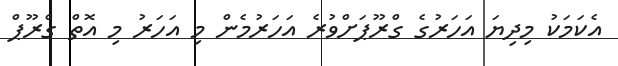
އެކަމަކު މިދިޔަ އަހަރުގެ ގްރޫޕަށްވުރެ އަހަރުމެން މި އަހަރު މި އޮތް ގްރޫޕް